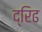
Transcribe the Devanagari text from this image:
द्रिढ